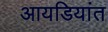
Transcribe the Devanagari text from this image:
आयडियांत